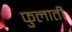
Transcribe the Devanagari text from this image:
फुलाती